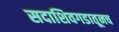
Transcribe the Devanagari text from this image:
सदाशिवगडातूनच